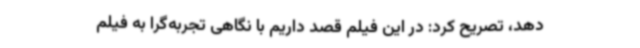
دهد، تصریح کرد: در این فیلم قصد داریم با نگاهی تجربه‌گرا به فیلم